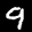
Label: 9